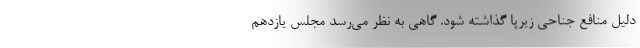
دلیل منافع جناحی زیرپا گذاشته شود. گاهی به نظر می‌رسد مجلس یازدهم